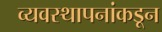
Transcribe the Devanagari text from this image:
व्यवस्थापनांकडून